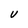
Character: U